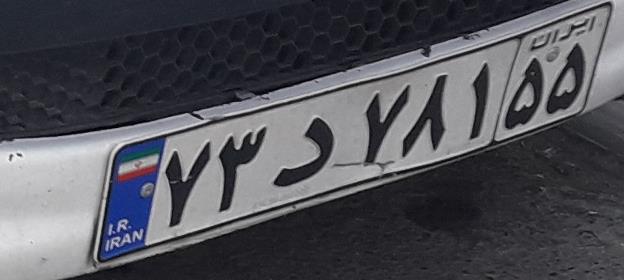
۷۳د۷۸۱۵۵